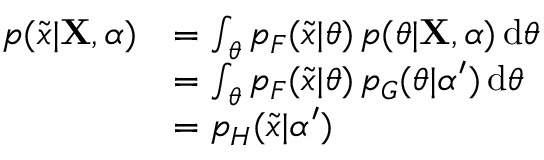
{ \begin{array} { r l } { p ( { \tilde { x } } | \mathbf { X } , \alpha ) } & { = \int _ { \theta } p _ { F } ( { \tilde { x } } | \theta ) \, p ( \theta | \mathbf { X } , \alpha ) \operatorname { d } \! \theta } \\ & { = \int _ { \theta } p _ { F } ( { \tilde { x } } | \theta ) \, p _ { G } ( \theta | \alpha ^ { \prime } ) \operatorname { d } \! \theta } \\ & { = p _ { H } ( { \tilde { x } } | \alpha ^ { \prime } ) } \end{array} }